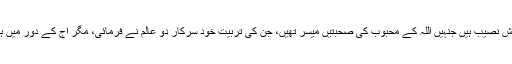
صحابہ کرام تو وہ خوش نصیب ہیں جنہیں اللہ کے محبوب کی صحبتیں میسر تھیں، جن کی تربیت خود سرکارِ دو عالم نے فرمائی، مگر آج کے دور میں ہم کس پر اعتماد کریں۔